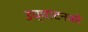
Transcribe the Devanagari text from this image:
उच्चाटनकी